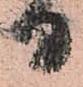
日